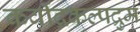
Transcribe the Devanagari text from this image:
कवींद्रकल्पद्रुम